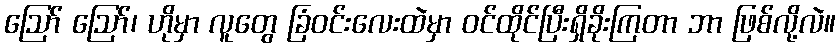
ဪ ဪ၊ ဟိုမှာ လူတွေ ခြံဝင်းလေးထဲမှာ ဝင်ထိုင်ပြီးရှိခိုးကြတာ ဘာ ဖြစ်လို့လဲ။